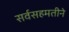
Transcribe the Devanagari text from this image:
सर्वसहमतीने